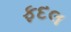
ફદલ